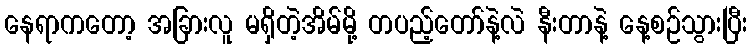
နေရာကတော့ အခြားလူ မရှိတဲ့အိမ်မို့ တပည့်တော်နဲ့လဲ နီးတာနဲ့ နေ့စဉ်သွားပြီး